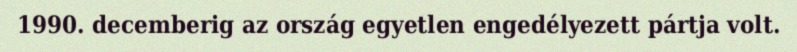
1990. decemberig az ország egyetlen engedélyezett pártja volt.